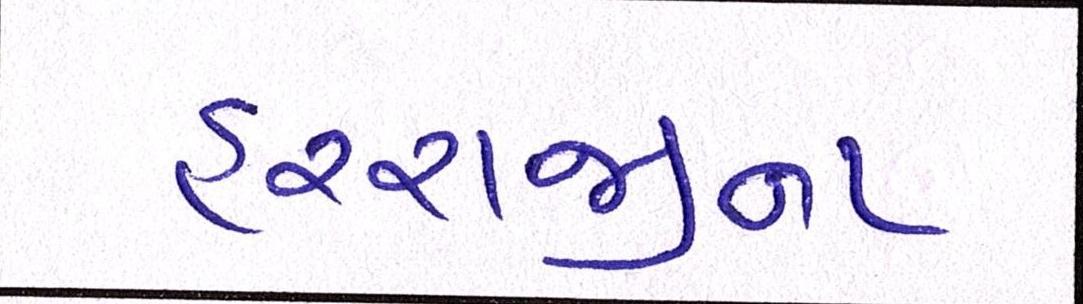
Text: હરરાજીના